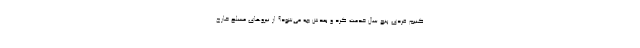
کنیم فردی پنج سال خدمت کرد و بعدش چه می‌شود؟ از نیروهای مسلح خارج